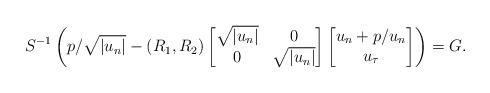
LaTeX: \begin{align*}S^{-1} \left(p/\sqrt{|u_n|} - (R_1,R_2)\begin{bmatrix}\sqrt{|u_n|} & 0 \\0 & \sqrt{|u_n|} \end{bmatrix}\begin{bmatrix}u_n+p/u_n\\u_{\tau} \end{bmatrix}\right) = G.\end{align*}